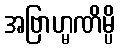
အဗြာဟ္မဏိမ္ပိ